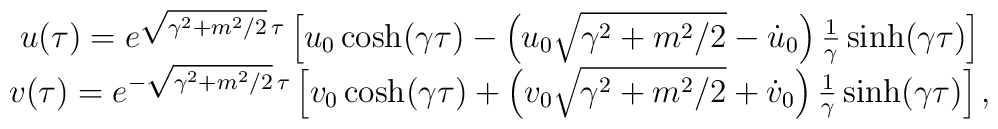
\begin{array}{c}u(\tau )=e^{\sqrt{\gamma ^2+m^2/2}\,\tau }\left[ u_0\cosh (\gamma \tau)-\left( u_0\sqrt{\gamma ^2+m^2/2}-\dot u_0\right) \frac 1\gamma \sinh(\gamma \tau )\right] \\v(\tau )=e^{-\sqrt{\gamma ^2+m^2/2}\,\tau }\left[ v_0\cosh (\gamma \tau)+\left( v_0\sqrt{\gamma ^2+m^2/2}+\dot v_0\right) \frac 1\gamma \sinh(\gamma \tau )\right] ,\end{array}